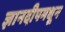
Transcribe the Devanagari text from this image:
ज्ञानदीपमधून